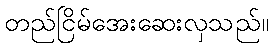
တည်ငြိမ်အေးဆေးလှသည်။